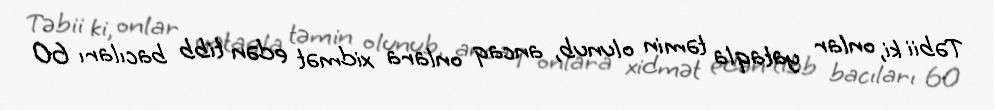
Təbii ki, onlar yataqla təmin olunub, ancaq onlara xidmət edən tibb bacıları 60